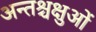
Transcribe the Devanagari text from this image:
अन्तश्चक्षुओं